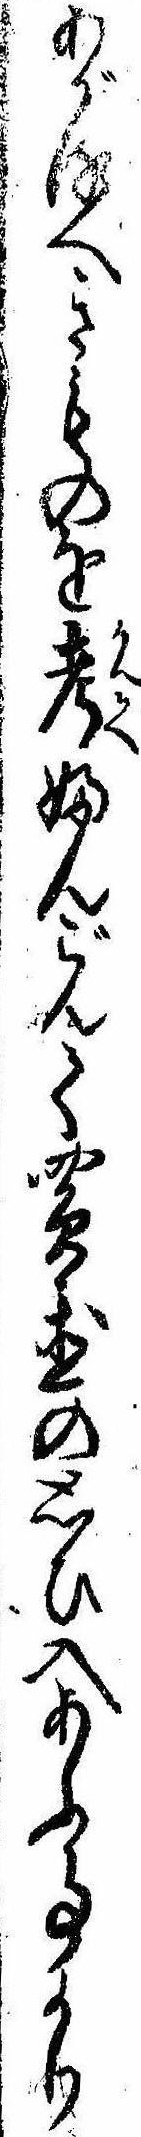
あがるへきものを考ふんごんて買置の思ひ入あふ事より